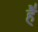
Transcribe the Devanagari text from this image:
है॑